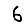
Digit: 6